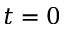
t = 0